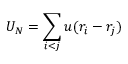
U _ { N } = \sum _ { i < j } u ( r _ { i } - r _ { j } )